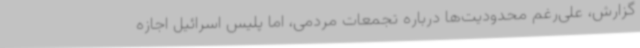
گزارش، علی‌رغم محدودیت‌ها درباره تجمعات مردمی، اما پلیس اسرائیل اجازه